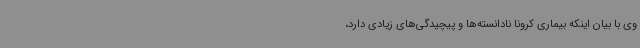
وی با بیان اینکه بیماری کرونا نادانسته‌ها و پیچیدگی‌های زیادی دارد،